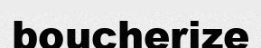
boucherize